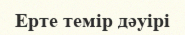
Ерте темір дәуірі